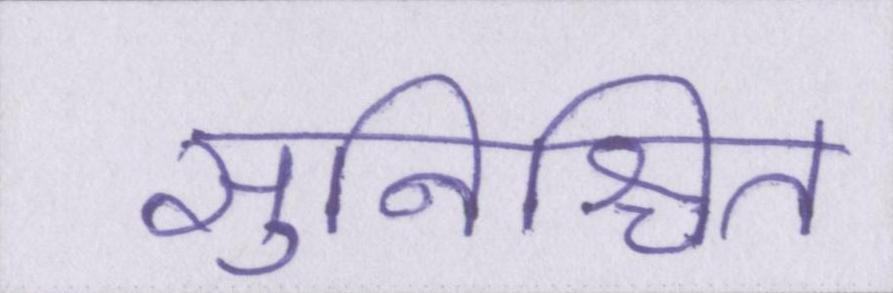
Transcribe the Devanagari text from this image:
सुनिश्चित